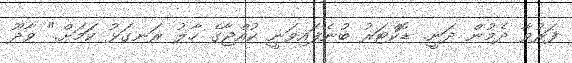
ފަރުވާ ދެމުން ދަނީ. ޑޮކްޓަރު ބުނެފައިވަނީ ކުއްޖާގެ ހާލު ރަނގަޅު ކަަމަށް." ވާދޫ